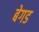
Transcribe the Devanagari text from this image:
बेगड